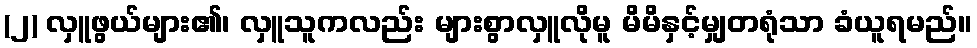
(၂) လှူဖွယ်များ၏၊ လှူသူကလည်း များစွာလှူလိုမူ မိမိနှင့်မျှတရုံသာ ခံယူရမည်။